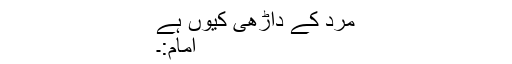
مرد کے داڑھی کیوں ہے
امام:۔